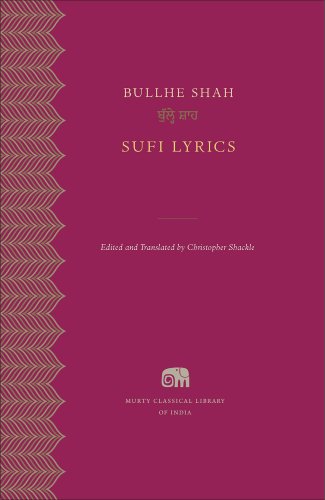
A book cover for Sufi Lyrics (Murty Classical Library of India); Bullhe Shah; Religion & Spirituality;